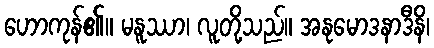
ဟောကုန်၏။ မနူဿာ၊ လူတို့သည်။ အနုမောဒနာဒီနိ၊